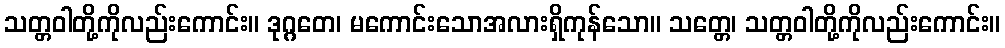
သတ္တဝါတို့ကိုလည်းကောင်း။ ဒုဂ္ဂတေ၊ မကောင်းသောအလားရှိကုန်သော။ သတ္တေ၊ သတ္တဝါတို့ကိုလည်းကောင်း။